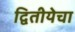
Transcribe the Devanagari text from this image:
द्वितीयेचा